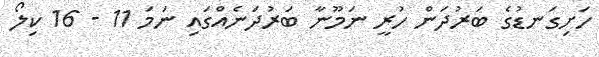
ހަށިގަނޑުގެ ބަރުދަން ހުރީ ނަމޫނާ ބަރުދަނެއްގައި ނަމަ 11 - 16 ކިލޯ